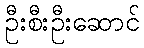
ဦးစီးဦးဆောင်